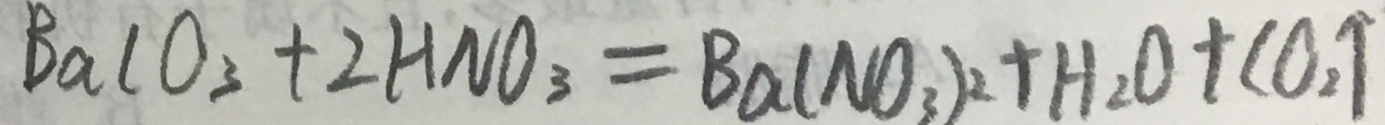
B a C O _ { 3 } + 2 H N O _ { 3 } = B a ( N O _ { 3 } ) _ { 2 } + H _ { 2 } O + C O _ { 2 } \uparrow